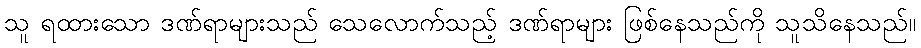
သူ ရထားသော ဒဏ်ရာများသည် သေလောက်သည့် ဒဏ်ရာများ ဖြစ်နေသည်ကို သူသိနေသည်။